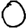
Digit: 0